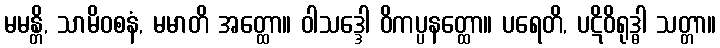
မမန္တိ, သာမိဝစနံ, မမာတိ အတ္ထော။ ဝါသဒ္ဒေါ ဝိကပ္ပနတ္ထော။ ပရေတိ, ပဋိဝိရုဒ္ဓါ သတ္တာ။